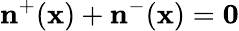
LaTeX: \mathbf{n}^{+}(\mathbf{x})+\mathbf{n}^{-}(\mathbf{x})=\mathbf{0}